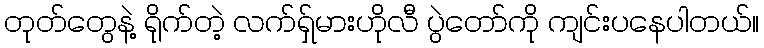
တုတ်တွေနဲ့ ရိုက်တဲ့ လက်ရှ်မားဟိုလီ ပွဲတော်ကို ကျင်းပနေပါတယ်။